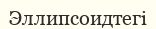
Эллипсоидтегі